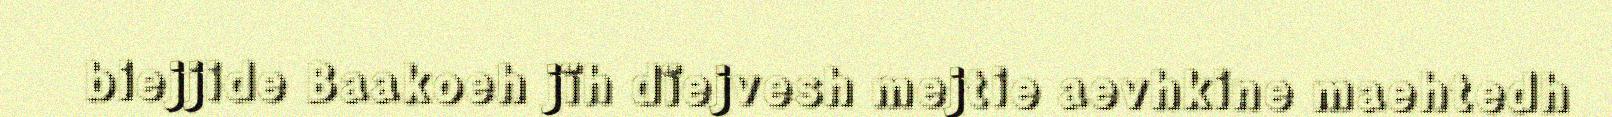
biejjide Baakoeh jïh dïejvesh mejtie aevhkine maehtedh